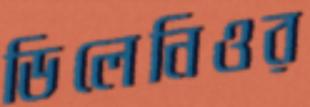
ডিলেনিওর